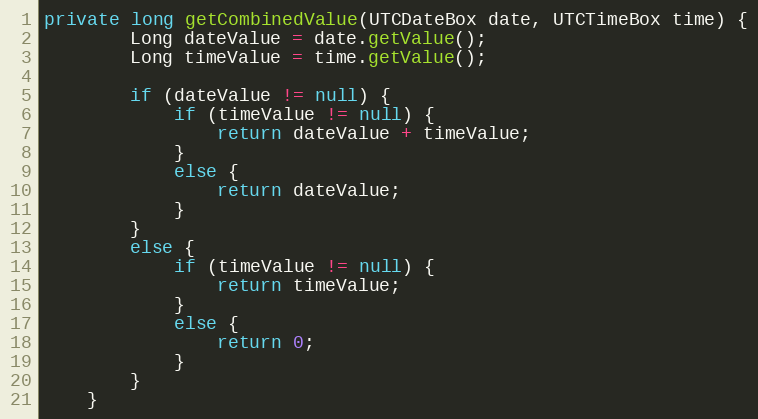
Language: Java
private long getCombinedValue(UTCDateBox date, UTCTimeBox time) {
        Long dateValue = date.getValue();
        Long timeValue = time.getValue();

        if (dateValue != null) {
            if (timeValue != null) {
                return dateValue + timeValue;
            }
            else {
                return dateValue;
            }
        }
        else {
            if (timeValue != null) {
                return timeValue;
            }
            else {
                return 0;
            }
        }
    }